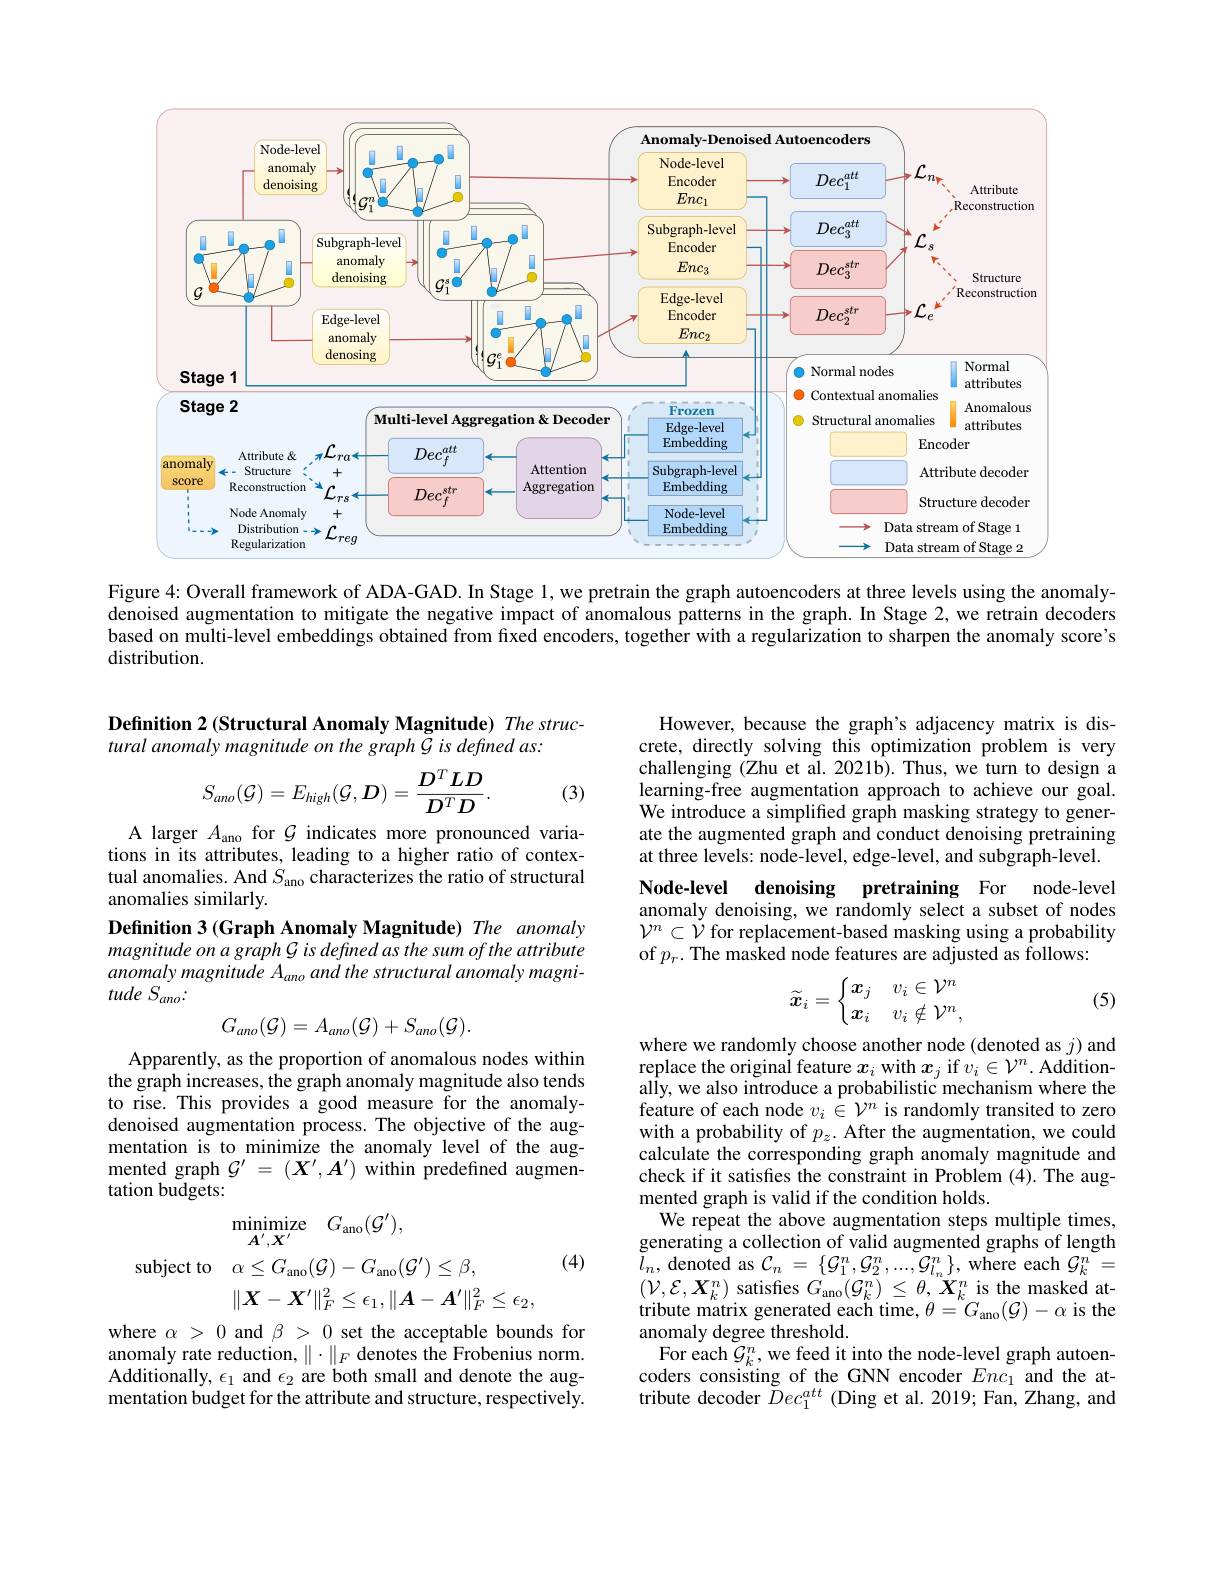
<FigureHere>

Figure 4: Overall framework of ADA-GAD. In Stage 1, we pretrain the graph autoencoders at three levels using the anomalydenoised augmentation to mitigate the negative impact of anomalous patterns in the graph. In Stage 2, we retrain decoders based on multi-level embeddings obtained from fixed encoders, together with a regularization to sharpen the anomaly score's distribution.

### Definition 2 (Structural Anomaly Magnitude) The structural anomaly magnitude on the graph G is defined as:
$$S_{ano}(\mathcal{G})=E_{high}(\mathcal{G},D)=\frac{D^TLD}{D^TD}.$$
(3)

A larger $A_{\mathrm{ano}}$ for $\mathcal{G}$ indicates more pronounced variations in its attributes, leading to a higher ratio of contextual anomalies. And $S_\mathrm{ano}$ characterizes the ratio of structural anomalies similarly.
Definition 3 (Graph Anomaly Magnitude) The anomaly magnitude on a graph G is defined as the sum of the attribute anomaly magnitude A ano and the structural anomaly magni- $tudeS_{ano}.$
$$G_{ano}(\mathcal{G})=A_{ano}(\mathcal{G})+S_{ano}(\mathcal{G}).$$
Apparently, as the proportion of anomalous nodes within the graph increases, the graph anomaly magnitude also tends to rise. This provides a good measure for the anomalydenoised augmentation process. The objective of the augmentation is to minimize the anomaly level of the augmented graph $\mathcal{G}^\prime=(X^{\prime},A^{\prime})$ within predefined augmentation budgets:

(4)
$$\begin{aligned}&\mathrm{minimize}\quad G_{\mathrm{ano}}(\mathcal{G}^{\prime}),\\\mathrm{subject~to}&\alpha\leq G_{\mathrm{ano}}(\mathcal{G})-G_{\mathrm{ano}}(\mathcal{G}^{\prime})\leq\beta,\\&\|\boldsymbol{X}-\boldsymbol{X}^{\prime}\|_{F}^{2}\leq\epsilon_{1},\|\boldsymbol{A}-\boldsymbol{A}^{\prime}\|_{F}^{2}\leq\epsilon_{2},\\\end{aligned}$$
where $\alpha>0$ and $\beta>0$ set the acceptable bounds for anomaly rate reduction, $\|\cdot\|_F$ denotes the Frobenius norm. Additionally, $\epsilon_1$ and $\epsilon_2$ are both small and denote the augmentation budget for the attribute and structure, respectively.

However, because the graph's adjacency matrix is discrete, directly solving this optimization problem is very challenging (Zhu et al. 2021b). Thus, we turn to design a learning-free augmentation approach to achieve our goal. We introduce a simplifed graph masking strategy to generate the augmented graph and conduct denoising pretraining at three levels: node-level, edge-level, and subgraph-level. Node-level denoising pretraining For node-level anomaly denoising, we randomly select a subset of nodes $\mathcal{V}^n\subset\dot{\mathcal{V}}$ for replacement-based masking using a probability of $p_r.$ The masked node features are adjusted as follows:

(5)
$$\widetilde{\boldsymbol{x}}_i=\left\{\begin{matrix}\boldsymbol{x}_j&v_i\in\mathcal{V}^n\\\boldsymbol{x}_i&v_i\notin\mathcal{V}^n,\end{matrix}\right.$$
where we randomly choose another node (denoted as $j)$ and $\begin{array}{l}\text{replace the original feature }x_{i}\mathrm{~with~}x_{j}\mathrm{~if~}v_{i}\in\mathcal{V}^{n}.\mathrm{~Addition-}\\\text{ally, we also introduce a probabilistic mechanism where the}\end{array}$ feature of each node $v_i\in\mathcal{V}^n$ is randomly transited to zero with a probability of $p_z.$ After the augmentation, we could calculate the corresponding graph anomaly magnitude and check if it satisfes the constraint in Problem (4).The augmented graph is valid if the condition holds.
We repeat the above augmentation steps multiple times, generating a collection of valid augmented graphs of length $\tilde{l}_{n}$, denoted as $\mathcal{C}_n=\{\mathcal{G}_1^{n},\mathcal{G}_2^{n},...,\mathcal{G}_{l_{n}}^{n}\}$, where each $\mathcal{G}_k^{n}=$ $(\mathcal{V},\mathcal{E},\boldsymbol{X}_{k}^{n})$ satisfies $G_\mathrm{ano}(\mathcal{G}_{k}^{n})\leq\theta,\boldsymbol{X}_{k}^{n}$ is the masked at- $\begin{array}{l}{\text{tribute matrix generated each time, }\theta=G_{\mathrm{ano}}(\mathcal{G})-\alpha\mathrm{~is~the}}\\{\text{anomaly degree threshold.}}\end{array}$
For each $\mathcal{G}_k^n$,we feed it into the node-level graph autoen- $\begin{array}{l}\text{coders consisting of the GNN encoder }Enc_{1}\text{ and the at-}\\\text{tribute decoder }Dec_{1}^{att}\text{ (Ding et al.2019; Fan, Zhang, and}\end{array}$